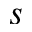
s